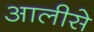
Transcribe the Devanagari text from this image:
आलीसे